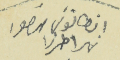
انطانوسَ منصور نهرا طرزا